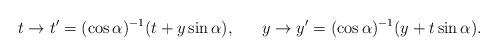
LaTeX: \begin{align*}t\to t^{\prime}=(\cos\alpha)^{-1}(t+y\sin\alpha),\ \ \ \ \ y\to y^{\prime}=(\cos\alpha)^{-1}(y+t\sin\alpha).\end{align*}